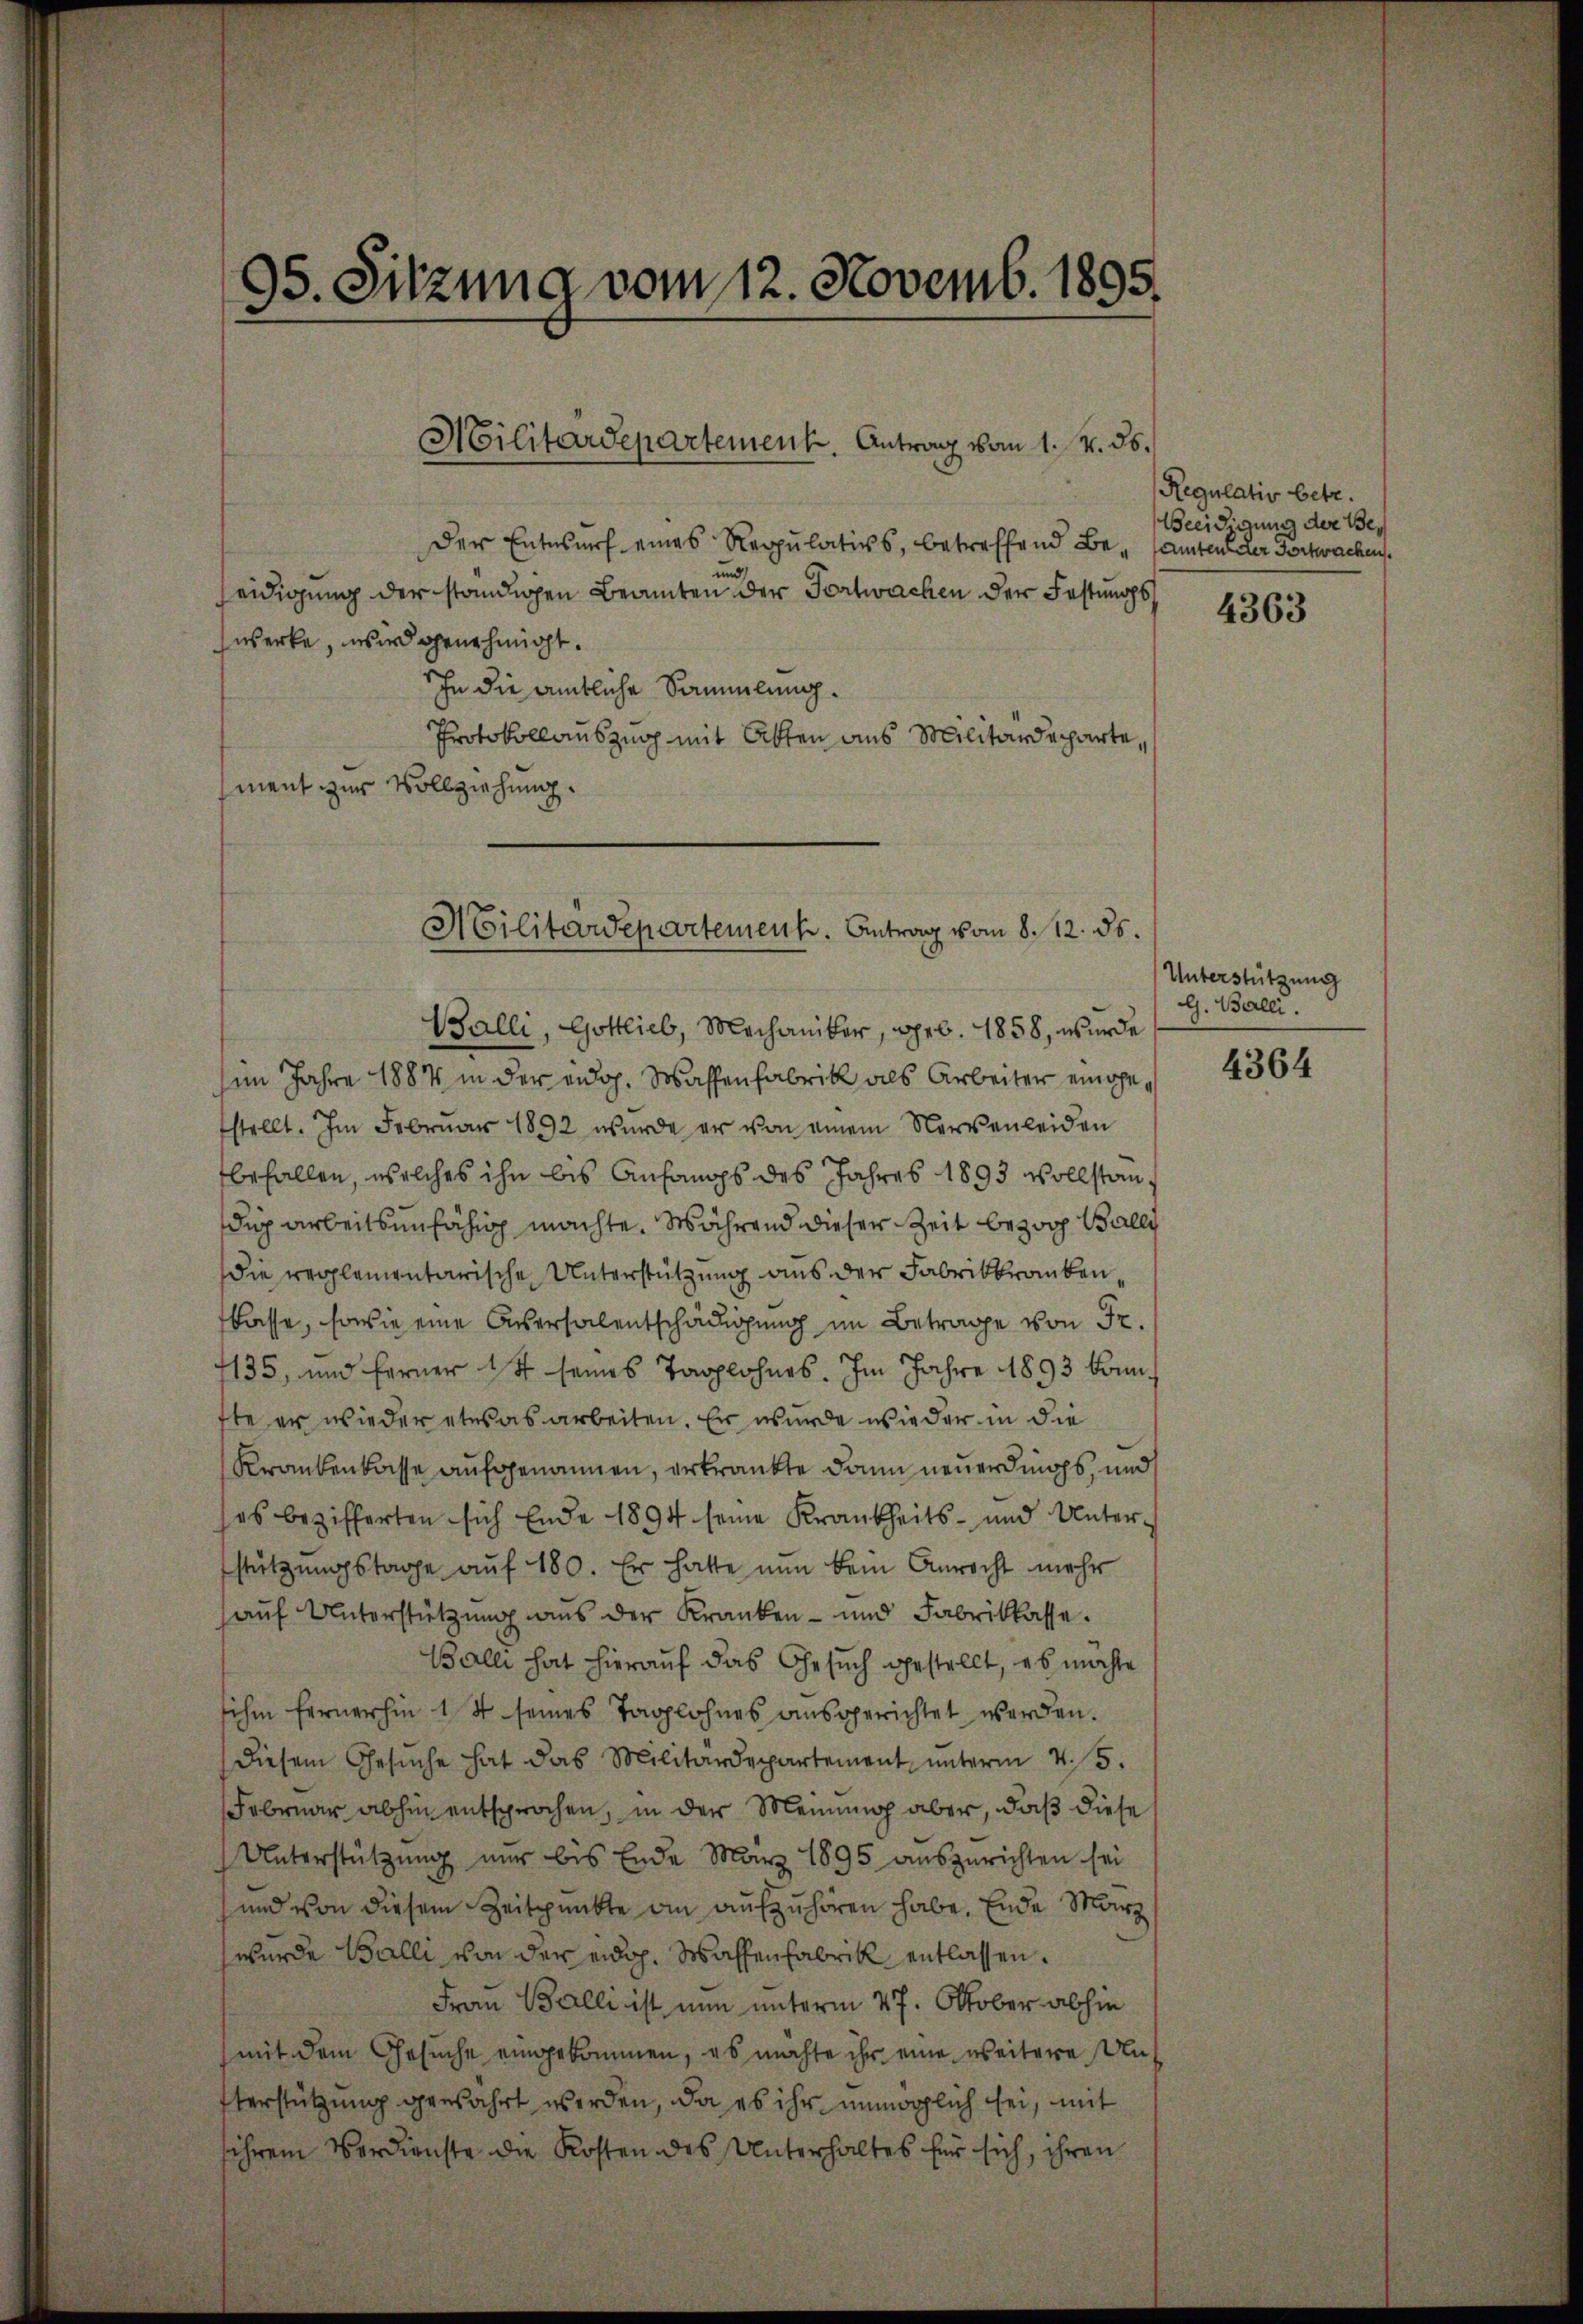
35. Sitzung vom 12. Novemb. 1895.

Militärdepartement. Antrag vom 1. v. ds.

Der Entwurf eines Regulativs, betreffend Be- samten der Fortwachen.
und
eidigung der ständigen Beamten der Fortwachen der Festungs
werke, wird genehmigt.
In die amtliche Sammlung.
Protokollauszug mit Akten aus Militärdeparte,
ment zur Vollziehung.
Balli, Gottlieb, Mechaniker, geb. 1858, wurde
im Jahre 1884 in der eidg. Wassenfabrik als Arbeiter eingestellt. Im Februar 1892 wurde er von einem Nervenleiden
befallen, welches ihn bis Anfangs des Jahres 1893 vollstandi arbeitsunfähig machte. Während dieser Zeit bezog Balli
die reglementarische Unterstützung aus der Fabrikkranken,
flasse, sowie eine Aussersalentschädigung im Betrage von Fr.
135, und ferner 14 seines Taglohnes. Im Jahre 1893 konnfte er wieder etwas arbeiten. Er wurde wieder in die
Krankenkasse aufgenannen, erkränkte dann neuerdings, und
es bezifferten sich Ende 1894 seine Krankheits- und Unter-
stützungstage auf 180. Er hatte nun kein Anrecht mehr
auf Unterstützung aus der Kranken- und Fabriklasse.
Balli hat hierauf das Gesuch gestellt, es möchte
sihen fernerhin 1 St seines Taglohnes ausgerichtet werden.
diesem Gesuche hat das Militärdepartement unterm 4. 5.
Februar abhin entsprochen, in der Meinung aber, daß diese
Unterstützung nur bis Ende März 1895 auszurichten sei
und von diesem Zeitpunkte an aufzuhören habe. Ende März
wurde Balli von der eidg. Waffenfabrik entlassen.
Frau Balli ist nun unterm 27. Oktober abhin
mit dem Gesuche eingekommen, es möchte ihr eine weitere An
terstützung gewahrt werden, da es ihr unmöglich sei, mit
sihrem Verdienste die Kosten des Unterhaltes für sich, ihren

Militärdepartement. Antrag vom 8. 12. ds.

Regulativ betr.
Beeidigung der Be¬

4363

Unterstützung
G. Balli.

4364